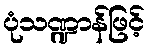
ပုံသဏ္ဍာန်ဖြင့်